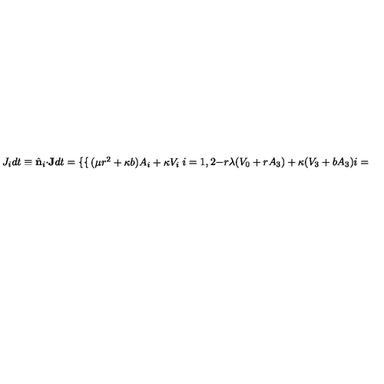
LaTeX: J _ { i } d t \equiv \hat { \bf n } _ { i } \cdot { \bf J } d t = \left\{ \begin{cases} { ( \mu r ^ { 2 } + \kappa b ) A _ { i } + \kappa V _ { i } } & { i = 1 , 2 } \\ { - r \lambda ( V _ { 0 } + r A _ { 3 } ) + \kappa ( V _ { 3 } + b A _ { 3 } ) } & { i = 3 . } \\ \end{cases} \right.